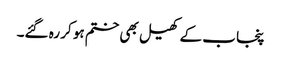
پنجاب کے کھیل بھی ختم ہو کر رہ گئے۔